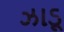
ઝાડૂ